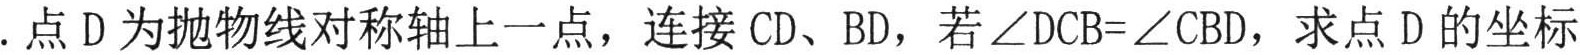
. 点 \(D\) 为抛物线对称轴上一点，连接 \(CD\)、\(BD\)，若 \(\angle DCB = \angle CBD\)，求点 \(D\) 的坐标.